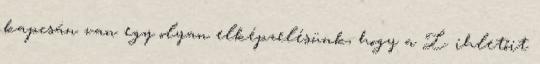
kapcsán van egy olyan elképzelésünk, hogy a L. ihletőit